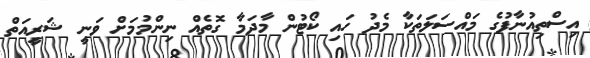
އިސްތިއުނާފުގެ މައްސަލަތަކާ މެދު ހައި ކޯޓުން މާދަމާ ގޮތެއް ނިންމުމަށް ވަނީ ޝަރީއަތް